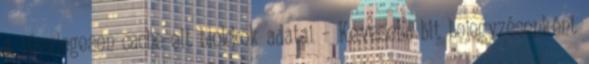
a ténylegesen cache-elt blokkok adatai – Kevesebb bit bejegyzésenként